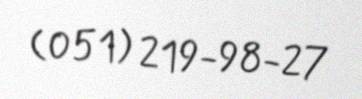
(051) 219-98-27